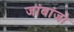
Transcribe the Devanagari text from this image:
जांबांजो